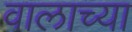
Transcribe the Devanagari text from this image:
वालाच्या